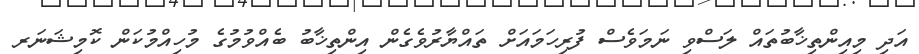
އަދި މިއިންތިޚާބުތައް ލަސްވި ނަމަވެސް ފުރިހަމައަށް ތައްޔާރުވެގެން އިންތިޚާބު ބެއްވުމުގެ މުހިއްމުކަން ކޮމިޝަނަރ